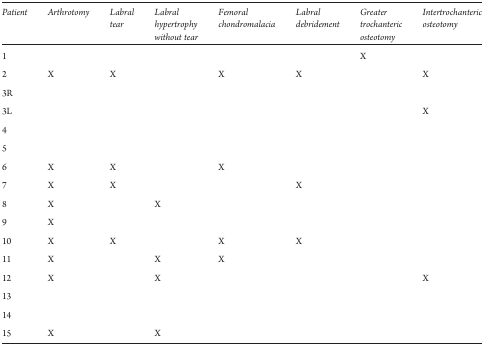
<table><thead><tr><td><b>Patient</b></td><td><b>Arthrotomy</b></td><td><b>Labral tear</b></td><td><b>Labral hypertrophy without tear</b></td><td><b>Femoral chondromalacia</b></td><td><b>Labral debridement</b></td><td><b>Greater trochanteric osteotomy</b></td><td><b>Intertrochanteric osteotomy</b></td></tr></thead><tbody><tr><td>1</td><td></td><td></td><td></td><td></td><td></td><td>X</td><td></td></tr><tr><td>2</td><td>X</td><td>X</td><td></td><td>X</td><td>X</td><td></td><td>X</td></tr><tr><td>3R</td><td></td><td></td><td></td><td></td><td></td><td></td><td></td></tr><tr><td>3L</td><td></td><td></td><td></td><td></td><td></td><td></td><td>X</td></tr><tr><td>4</td><td></td><td></td><td></td><td></td><td></td><td></td><td></td></tr><tr><td>5</td><td></td><td></td><td></td><td></td><td></td><td></td><td></td></tr><tr><td>6</td><td>X</td><td>X</td><td></td><td>X</td><td></td><td></td><td></td></tr><tr><td>7</td><td>X</td><td>X</td><td></td><td></td><td>X</td><td></td><td></td></tr><tr><td>8</td><td>X</td><td></td><td>X</td><td></td><td></td><td></td><td></td></tr><tr><td>9</td><td>X</td><td></td><td></td><td></td><td></td><td></td><td></td></tr><tr><td>10</td><td>X</td><td>X</td><td></td><td>X</td><td>X</td><td></td><td></td></tr><tr><td>11</td><td>X</td><td></td><td>X</td><td>X</td><td></td><td></td><td></td></tr><tr><td>12</td><td>X</td><td></td><td>X</td><td></td><td></td><td></td><td>X</td></tr><tr><td>13</td><td></td><td></td><td></td><td></td><td></td><td></td><td></td></tr><tr><td>14</td><td></td><td></td><td></td><td></td><td></td><td></td><td></td></tr><tr><td>15</td><td>X</td><td></td><td>X</td><td></td><td></td><td></td><td></td></tr></tbody></table>